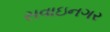
સવાઇનગર